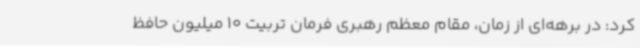
کرد: در برهه‌ای از زمان، مقام معظم رهبری فرمان تربیت 10 میلیون حافظ